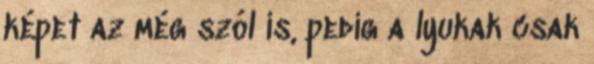
képet az még szól is, pedig a lyukak csak